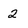
Character: 2